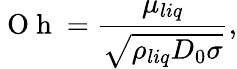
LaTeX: \mathrm{~O~h~}=\frac{\mu_{liq}}{\sqrt{\rho_{liq}D_{0}\sigma}},